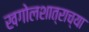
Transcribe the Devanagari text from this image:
खगोलशात्राच्या